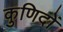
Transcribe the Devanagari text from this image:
कुणिदों